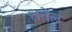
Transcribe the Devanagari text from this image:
शत्तेल